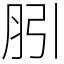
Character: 䏖